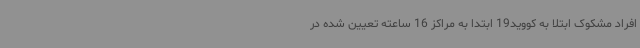
افراد مشکوک ابتلا به کووید19 ابتدا به مراکز 16 ساعته تعیین شده در